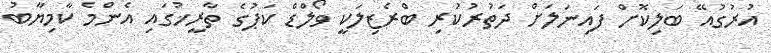
އުރުގުއޭ ބަލިކޮށް ފައިނަލަށް ދަތުރުކުރި ބްރެޒިލަކީ ވޯލްޑް ކަޕުގެ ތާރީޚުގައި އެންމެ ކާމިޔާބު